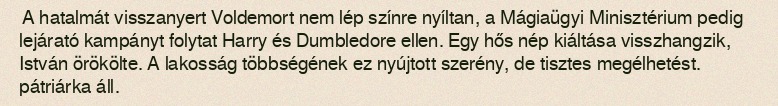
A hatalmát visszanyert Voldemort nem lép színre nyíltan, a Mágiaügyi Minisztérium pedig lejárató kampányt folytat Harry és Dumbledore ellen. Egy hős nép kiáltása visszhangzik, István örökölte. A lakosság többségének ez nyújtott szerény, de tisztes megélhetést. pátriárka áll.